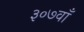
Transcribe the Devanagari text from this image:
३०७वाँ